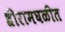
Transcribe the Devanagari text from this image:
श्रीरामघळीत